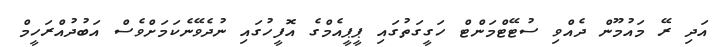
އަދި ރޭ މައުމޫން ދެއްވި ސުޓޭޓްމަންޓް ހަގީގަތުގައި ޕީޕީއެމްގެ އޮފީހުގައި ނުދެވޭނެކަމަށްވެސް އަބުދުއްރަހީމް